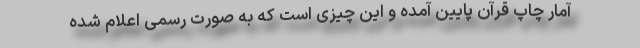
آمار چاپ قرآن پایین آمده و این چیزی است که به صورت رسمی اعلام شده